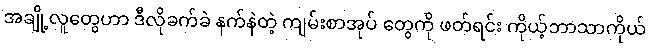
အချို့လူတွေဟာ ဒီလိုခက်ခဲ နက်နဲတဲ့ ကျမ်းစာအုပ် တွေကို ဖတ်ရင်း ကိုယ့်ဘာသာကိုယ်